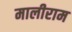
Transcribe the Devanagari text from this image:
मालीराम